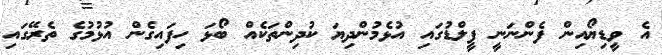
އެ ވީޑިޔޯއިން ފެންނަނީ ފީލްޑުގައި އުޅެމުންދިޔަ ކުދިންތަކެއް ބޯޅަ ހިފައިގެން އުޅުމުގެ ތެރޭގައި